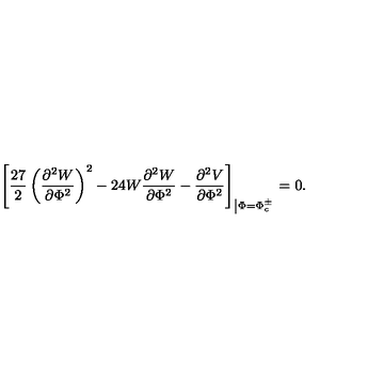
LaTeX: \left[ \frac { 2 7 } { 2 } \left( \frac { \partial ^ { 2 } W } { \partial \Phi ^ { 2 } } \right) ^ { 2 } - 2 4 W \frac { \partial ^ { 2 } W } { \partial \Phi ^ { 2 } } - \frac { \partial ^ { 2 } V } { \partial \Phi ^ { 2 } } \right] _ { \left| \Phi = \Phi _ { c } ^ { \pm } \right. } = 0 .